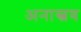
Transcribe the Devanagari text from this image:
अनास्त्रव